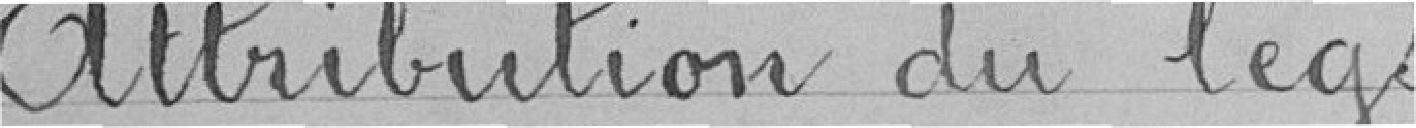
Attribut du legs